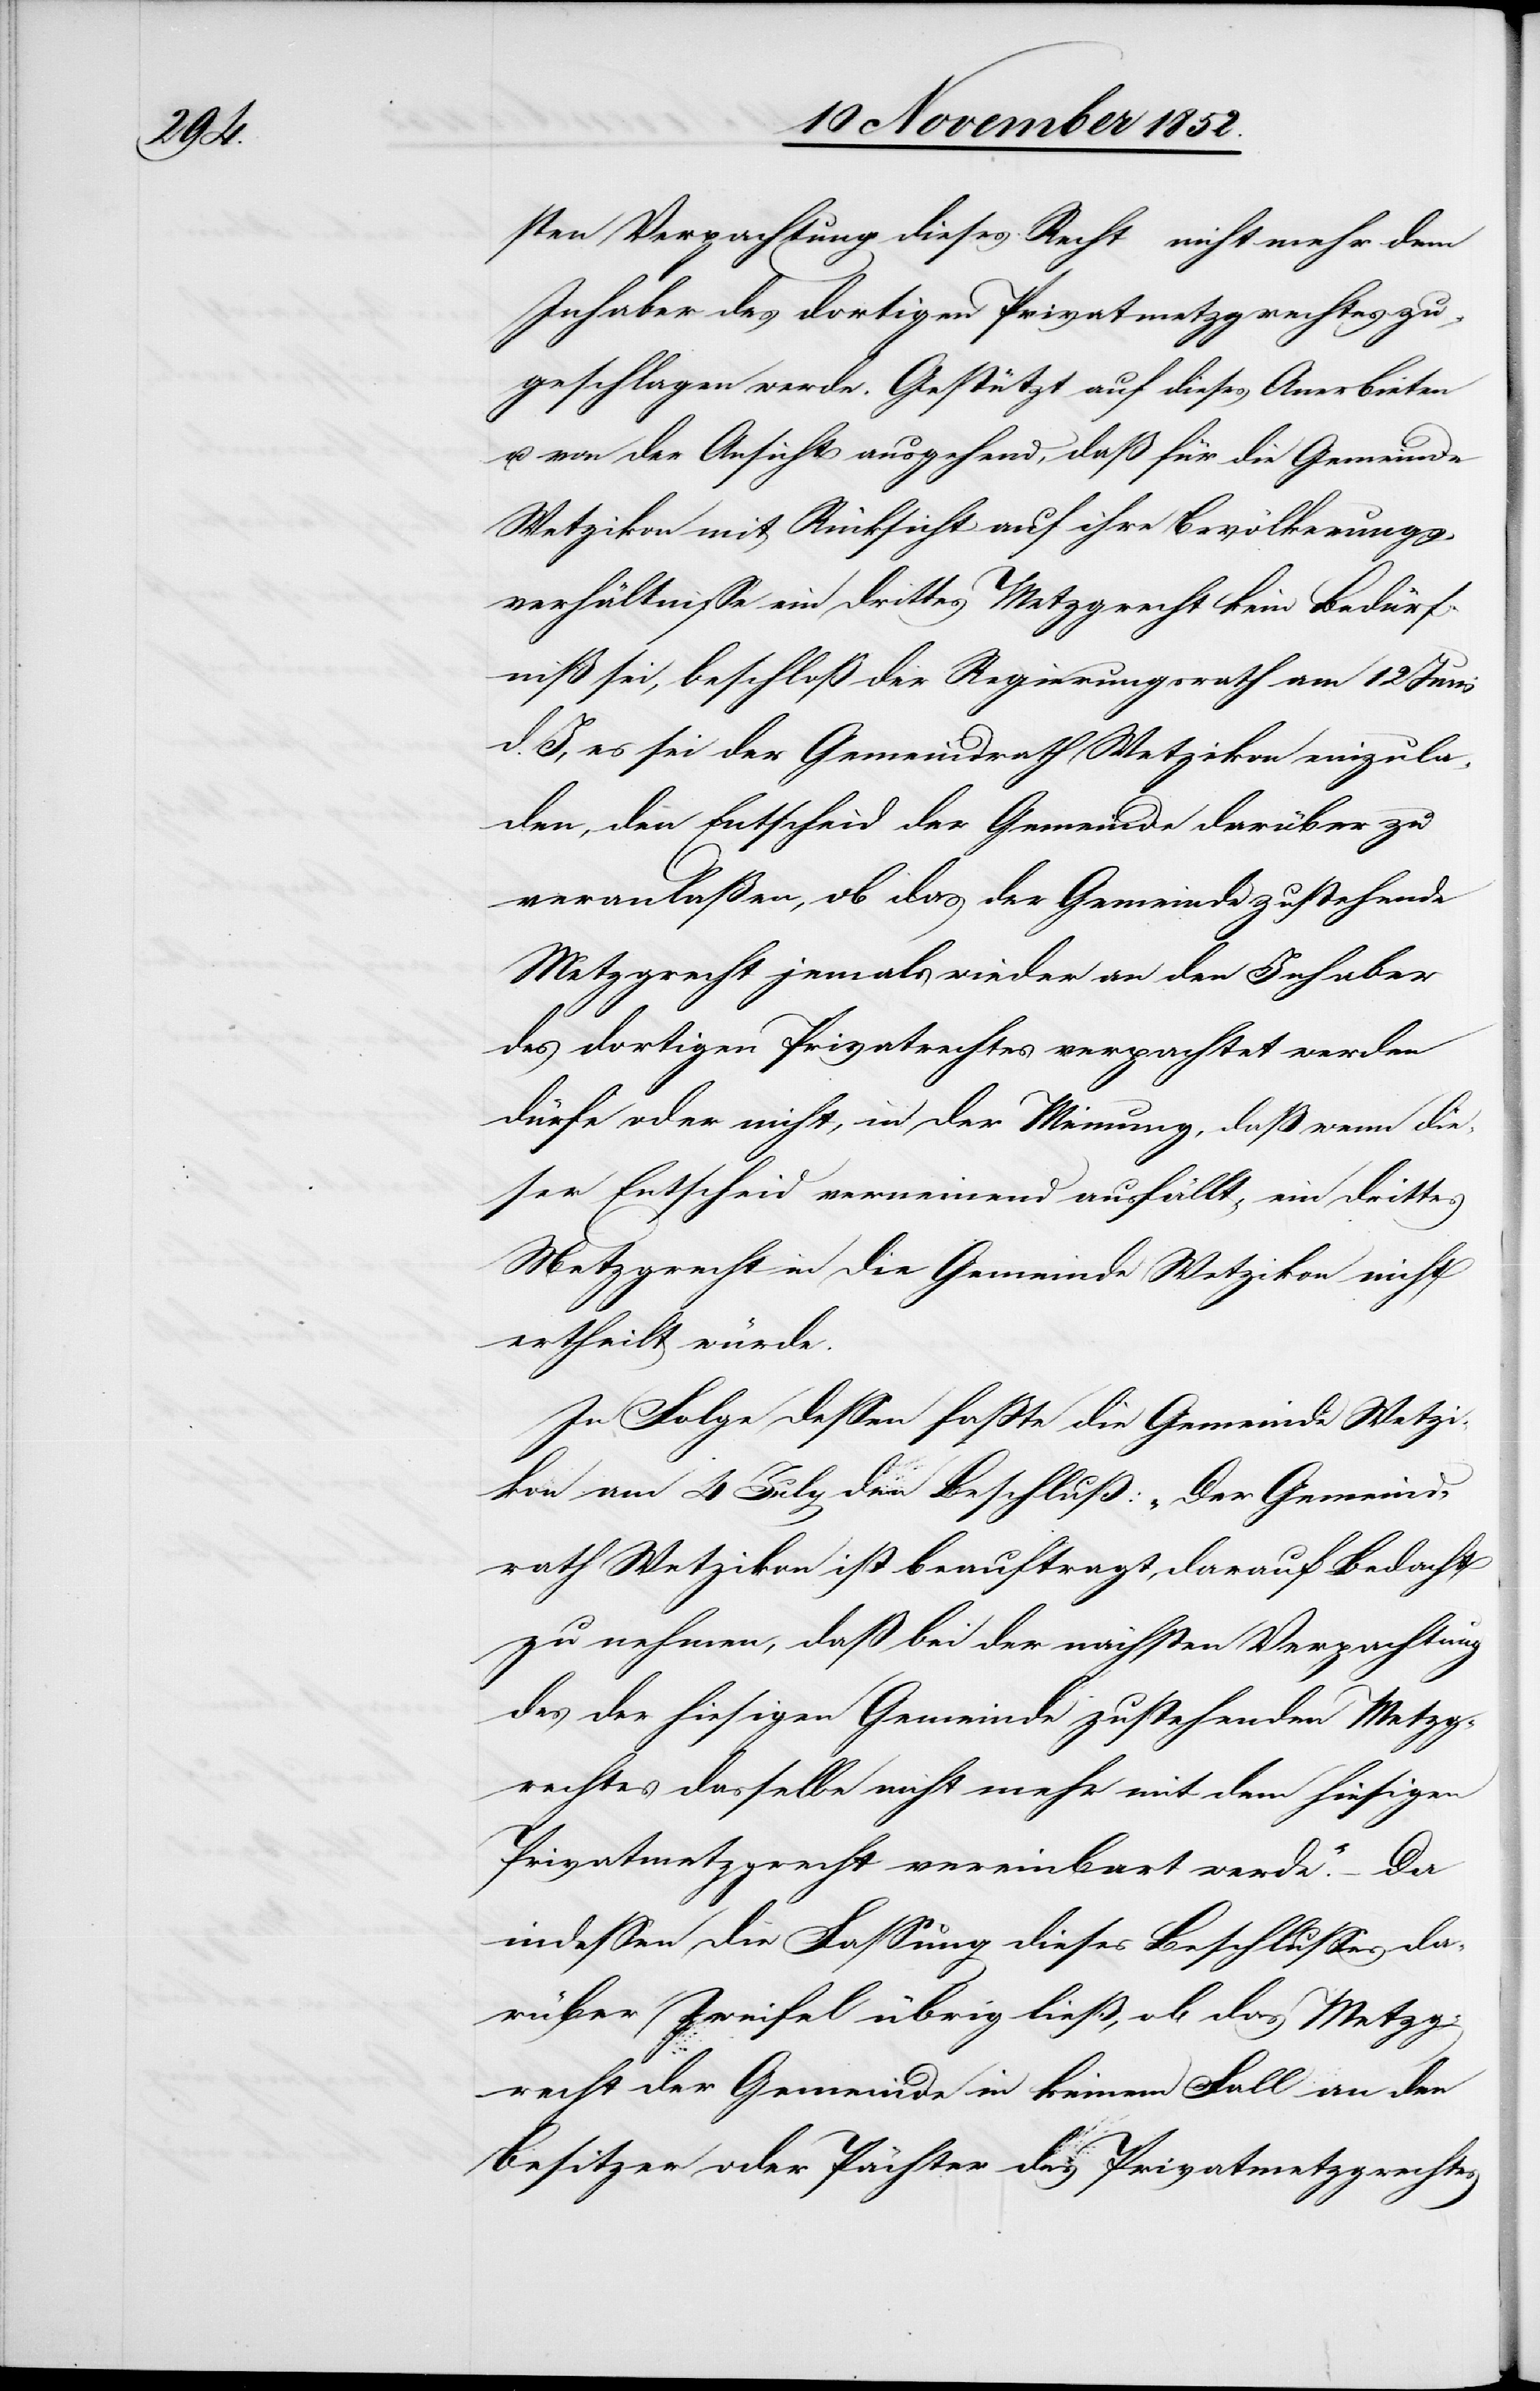
sten Verpachtung dieses Recht nicht mehr dem
Inhaber des dortigen Privatmetzgrechtes zu¬
geschlagen werde. Gestützt auf dieses Anerbieten
u. von der Ansicht ausgehend, daß für die Gemeinde
Wetzikon mit Rücksicht auf ihre Bevölkerungs¬
verhältnisse ein drittes Metzgrecht kein Bedürf¬
niß sei, beschloß der Regierungsrath am 12 Juni
d. J, es sei der Gemeindrath Wetzikon einzula¬
den, den Entscheid der Gemeinde darüber zu
veranlaßen, ob das der Gemeinde zustehende
Metzgrecht jemals wieder an den Inhaber
des dortigen Privatrechtes verpachtet werden
dürfe oder nicht, in der Meinung, daß wenn die¬
ser Entscheid verneinend ausfällt, ein drittes
Metzgrecht in die Gemeinde Wetzikon nicht
ertheilt würde.
In Folge dessen faßte die Gemeinde Wetzi¬
kon am 4 July den Beschluß: „Der Gemeind¬
rath Wetzikon ist beauftragt, darauf Bedacht
zu nehmen, daß bei der nächsten Verpachtung
des der hiesigen Gemeinde zustehenden Metzg¬
rechtes dasselbe nicht mehr mit dem hiesigen
Privatmetzgrecht vereinbart werde.“ – Da
indessen die Fassung dieses Beschlusses da¬
rüber Zweifel übrig ließ, ob das Metzg¬
recht der Gemeinde in keinem Fall an den
Besitzer oder Pächter des Privatmetzgrechtes